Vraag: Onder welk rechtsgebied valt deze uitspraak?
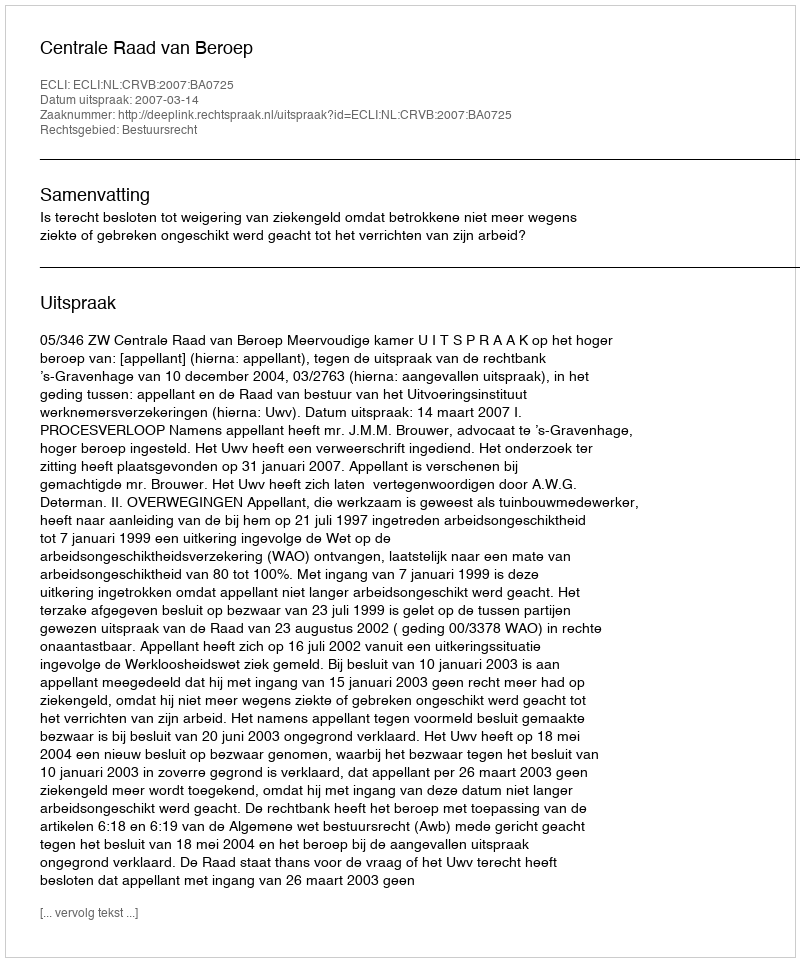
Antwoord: Bestuursrecht